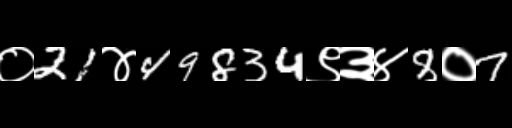
Text: ०21४49834९३४8०7